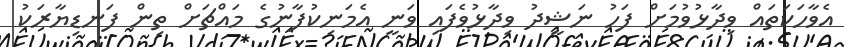
އެވާހަކަތައް ވިދާޅުވުމަށް ފަހު ނަޝީދު ވިދާޅުވެފައި ވަނީ އެމަނިކުފާނުގެ މައްޗަށް ތިން ފަނޑިޔާރަކު